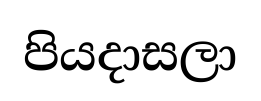
පියදාසලා